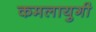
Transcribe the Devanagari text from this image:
कमलायुगी